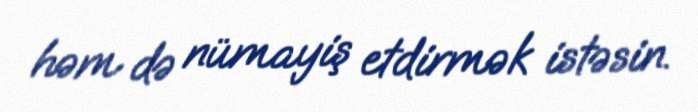
həm də nümayiş etdirmək istəsin.